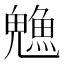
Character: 𬵙